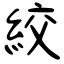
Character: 絞